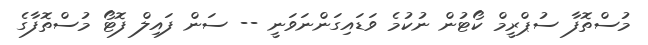
މުސްތޮފާ ސުޕްރީމް ކޯޓުން ނުކުމެ ވަޑައިގަންނަވަނީ -- ސަން ފައިލް ފޮޓޯ މުސްތޮފާގެ